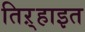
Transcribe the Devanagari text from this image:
तिऱ्हाइत